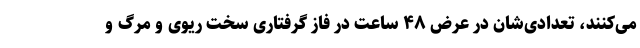
می‌کنند، تعدادی‌شان در عرض ۴۸ ساعت در فاز گرفتاری سخت ریوی و مرگ و